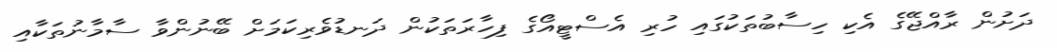
ދަށުން ރާއްޖޭގެ އެކި ހިސާބުތަކުގައި ހުރި އެސްޓީއޯގެ ފިހާރަތަކުން ދަނޑުވެރިކަމަށް ބޭނުންވާ ސާމާނުތަކާއި